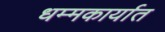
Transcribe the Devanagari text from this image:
धम्मकार्यात